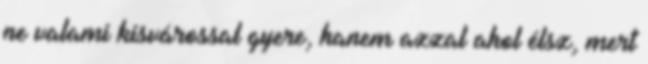
ne valami kisvárossal gyere, hanem azzal ahol élsz, mert